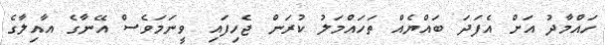
ހައްމާދު އަށް އެފަދަ ބައްޔެއް ތަހައްމަލު ކުރަން ޖެހިފައި ވީނަމަވެސް އޭނާގެ އާއިލާގެ